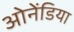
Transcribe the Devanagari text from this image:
ओनेंडिया